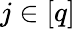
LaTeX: j\in[q]